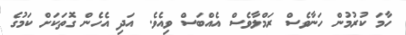
ހާމަ ކުރުމުން ހަނާވެސް ރަމްލާވެސް އެއްބަސް ވިއެވެ. އަދި އެހެން ގޮތަކަށް ކަމުގެ